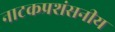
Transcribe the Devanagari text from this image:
नाटकप्रशंसनीय